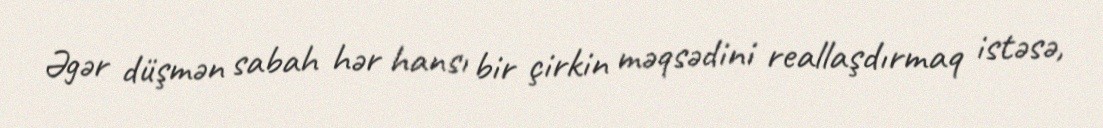
Əgər düşmən sabah hər hansı bir çirkin məqsədini reallaşdırmaq istəsə,